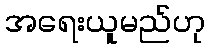
အရေးယူမည်ဟု